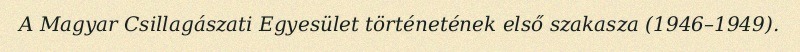
A Magyar Csillagászati Egyesület történetének első szakasza (1946–1949).